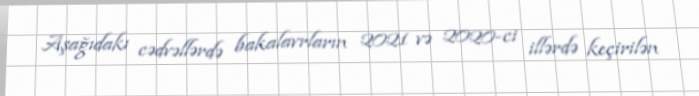
Aşağıdakı cədvəllərdə bakalavrların 2021 və 2020-ci illərdə keçirilən